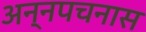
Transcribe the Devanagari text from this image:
अन्नपचनास